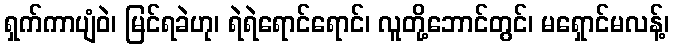
ရှက်ကာပျံဝဲ၊ မြင်ရခဲဟု၊ ရဲရဲရောင်ရောင်၊ လူတို့ဘောင်တွင်၊ မရှောင်မလန့်၊